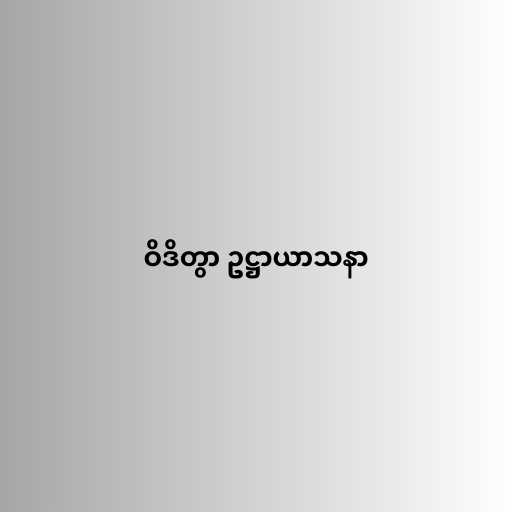
ဝိဒိတွာ ဥဋ္ဌာယာသနာ